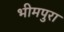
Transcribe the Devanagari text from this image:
भीमपुरा